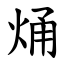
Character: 㷁